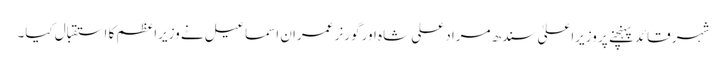
شہر قائد پہنچنے پر وزیراعلیٰ سندھ مراد علی شاہ اور گورنر عمران اسماعیل نے وزیراعظم کا استقبال کیا۔